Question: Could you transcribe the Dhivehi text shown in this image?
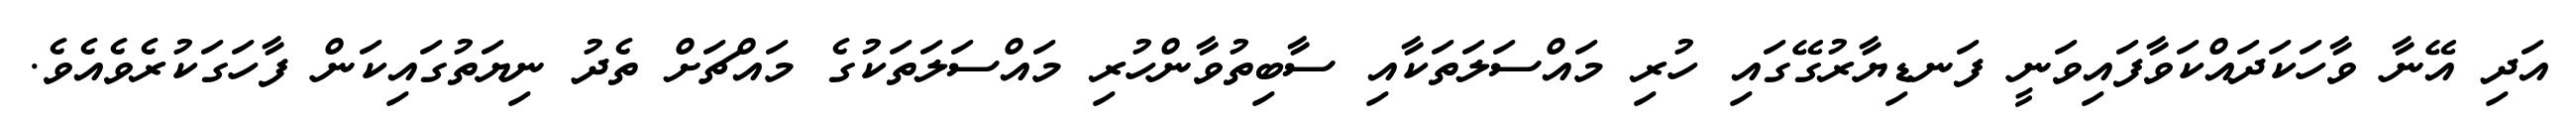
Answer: އަދި އޭނާ ވާހަކަދައްކަވާފައިވަނީ ފަނޑިޔާރުގޭގައި ހުރި މައްސަލަތަކާއި ސާބިތުވާންހުރި މައްސަލަތަކުގެ މައްޗަށް ތެދު ނިޔަތުގައިކަން ފާހަގަކުރެވެއެވެ.